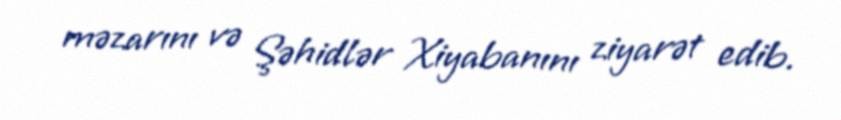
məzarını və Şəhidlər Xiyabanını ziyarət edib.